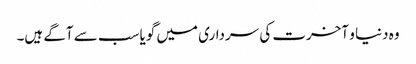
وہ دنیا و آخرت کی سرداری میں گویا سب سے آگے ہیں۔